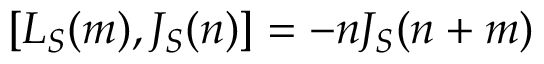
[ L _ { S } ( m ) , J _ { S } ( n ) ] = - n J _ { S } ( n + m )